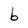
Character: b